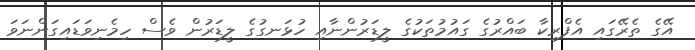
އޭގެ ތެރޭގައި އެފްރިކާ ބައްރުގެ ގައުމުތަކުގެ ލީޑަރުންނާއި ހުޅަނގުގެ ލީޑަރުން ވެސް ހިމެނިވަޑައިގަންނަވަ